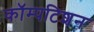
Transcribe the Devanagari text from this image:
कॉम्पटिशन